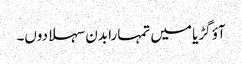
آؤ گڑیا میں تمہارا بدن سہلا دوں۔